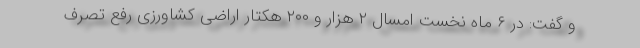
و گفت: در ۶ ماه نخست امسال ۲ هزار و ۲۰۰ هکتار اراضی کشاورزی رفع تصرف